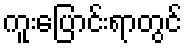
ကူးပြောင်းရာတွင်